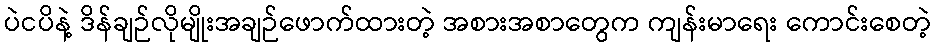
ပဲငပိနဲ့ ဒိန်ချဉ်လိုမျိုးအချဉ်ဖောက်ထားတဲ့ အစားအစာတွေက ကျန်းမာရေး ကောင်းစေတဲ့